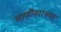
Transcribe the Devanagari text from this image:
खाणींसारख्या